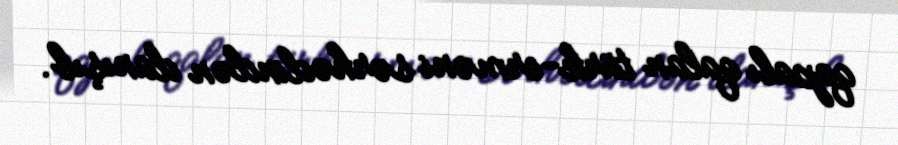
qapalı qalan türk-erməni sərhədindən danışıb.